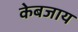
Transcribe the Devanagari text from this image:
केबजाय